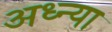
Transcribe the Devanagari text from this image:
अध्न्या